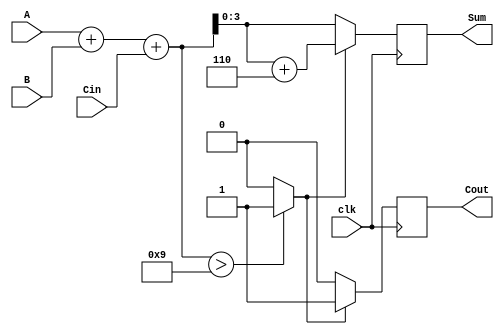
module BCD_Synchronous_Adder (
    input  wire [3:0] A,      // BCD input A
    input  wire [3:0] B,      // BCD input B
    input  wire Cin,          // Carry input
    input  wire clk,          // Clock input
    output reg [3:0] Sum,     // BCD output Sum
    output reg Cout           // Carry output
);

    reg [4:0] RawSum;         // 5-bit signal to hold the raw sum
    reg Adjust;               // Signal to determine if adjustment is needed

    always @(posedge clk) begin
        // Step 1: Compute the raw sum of A, B, and Cin
        RawSum = A + B + Cin;

        // Step 2: Determine if adjustment is needed
        if (RawSum > 9) begin
            Adjust = 1'b1;     // Set Adjust signal if RawSum exceeds 9
        end else begin
            Adjust = 1'b0;     // No adjustment needed
        end

        // Step 3: Final BCD Calculation
        if (Adjust) begin
            Sum = RawSum + 5'd6; // Add 6 to RawSum for BCD adjustment
            Cout = 1'b1;         // Set Cout to 1
        end else begin
            Sum = RawSum[3:0];   // Use RawSum directly
            Cout = 1'b0;         // Set Cout to 0
        end
    end

endmodule